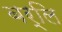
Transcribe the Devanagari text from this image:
बर्लि